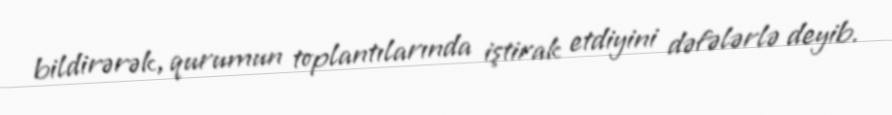
bildirərək, qurumun toplantılarında iştirak etdiyini dəfələrlə deyib.